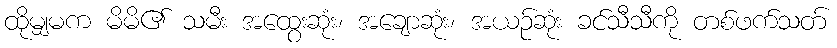
ထိုမျှမက မိမိ၏ သမီး အထွေးဆုံး၊ အချောဆုံး၊ အယဉ်ဆုံး ခင်သီသီကို တစ်ဖက်သတ်